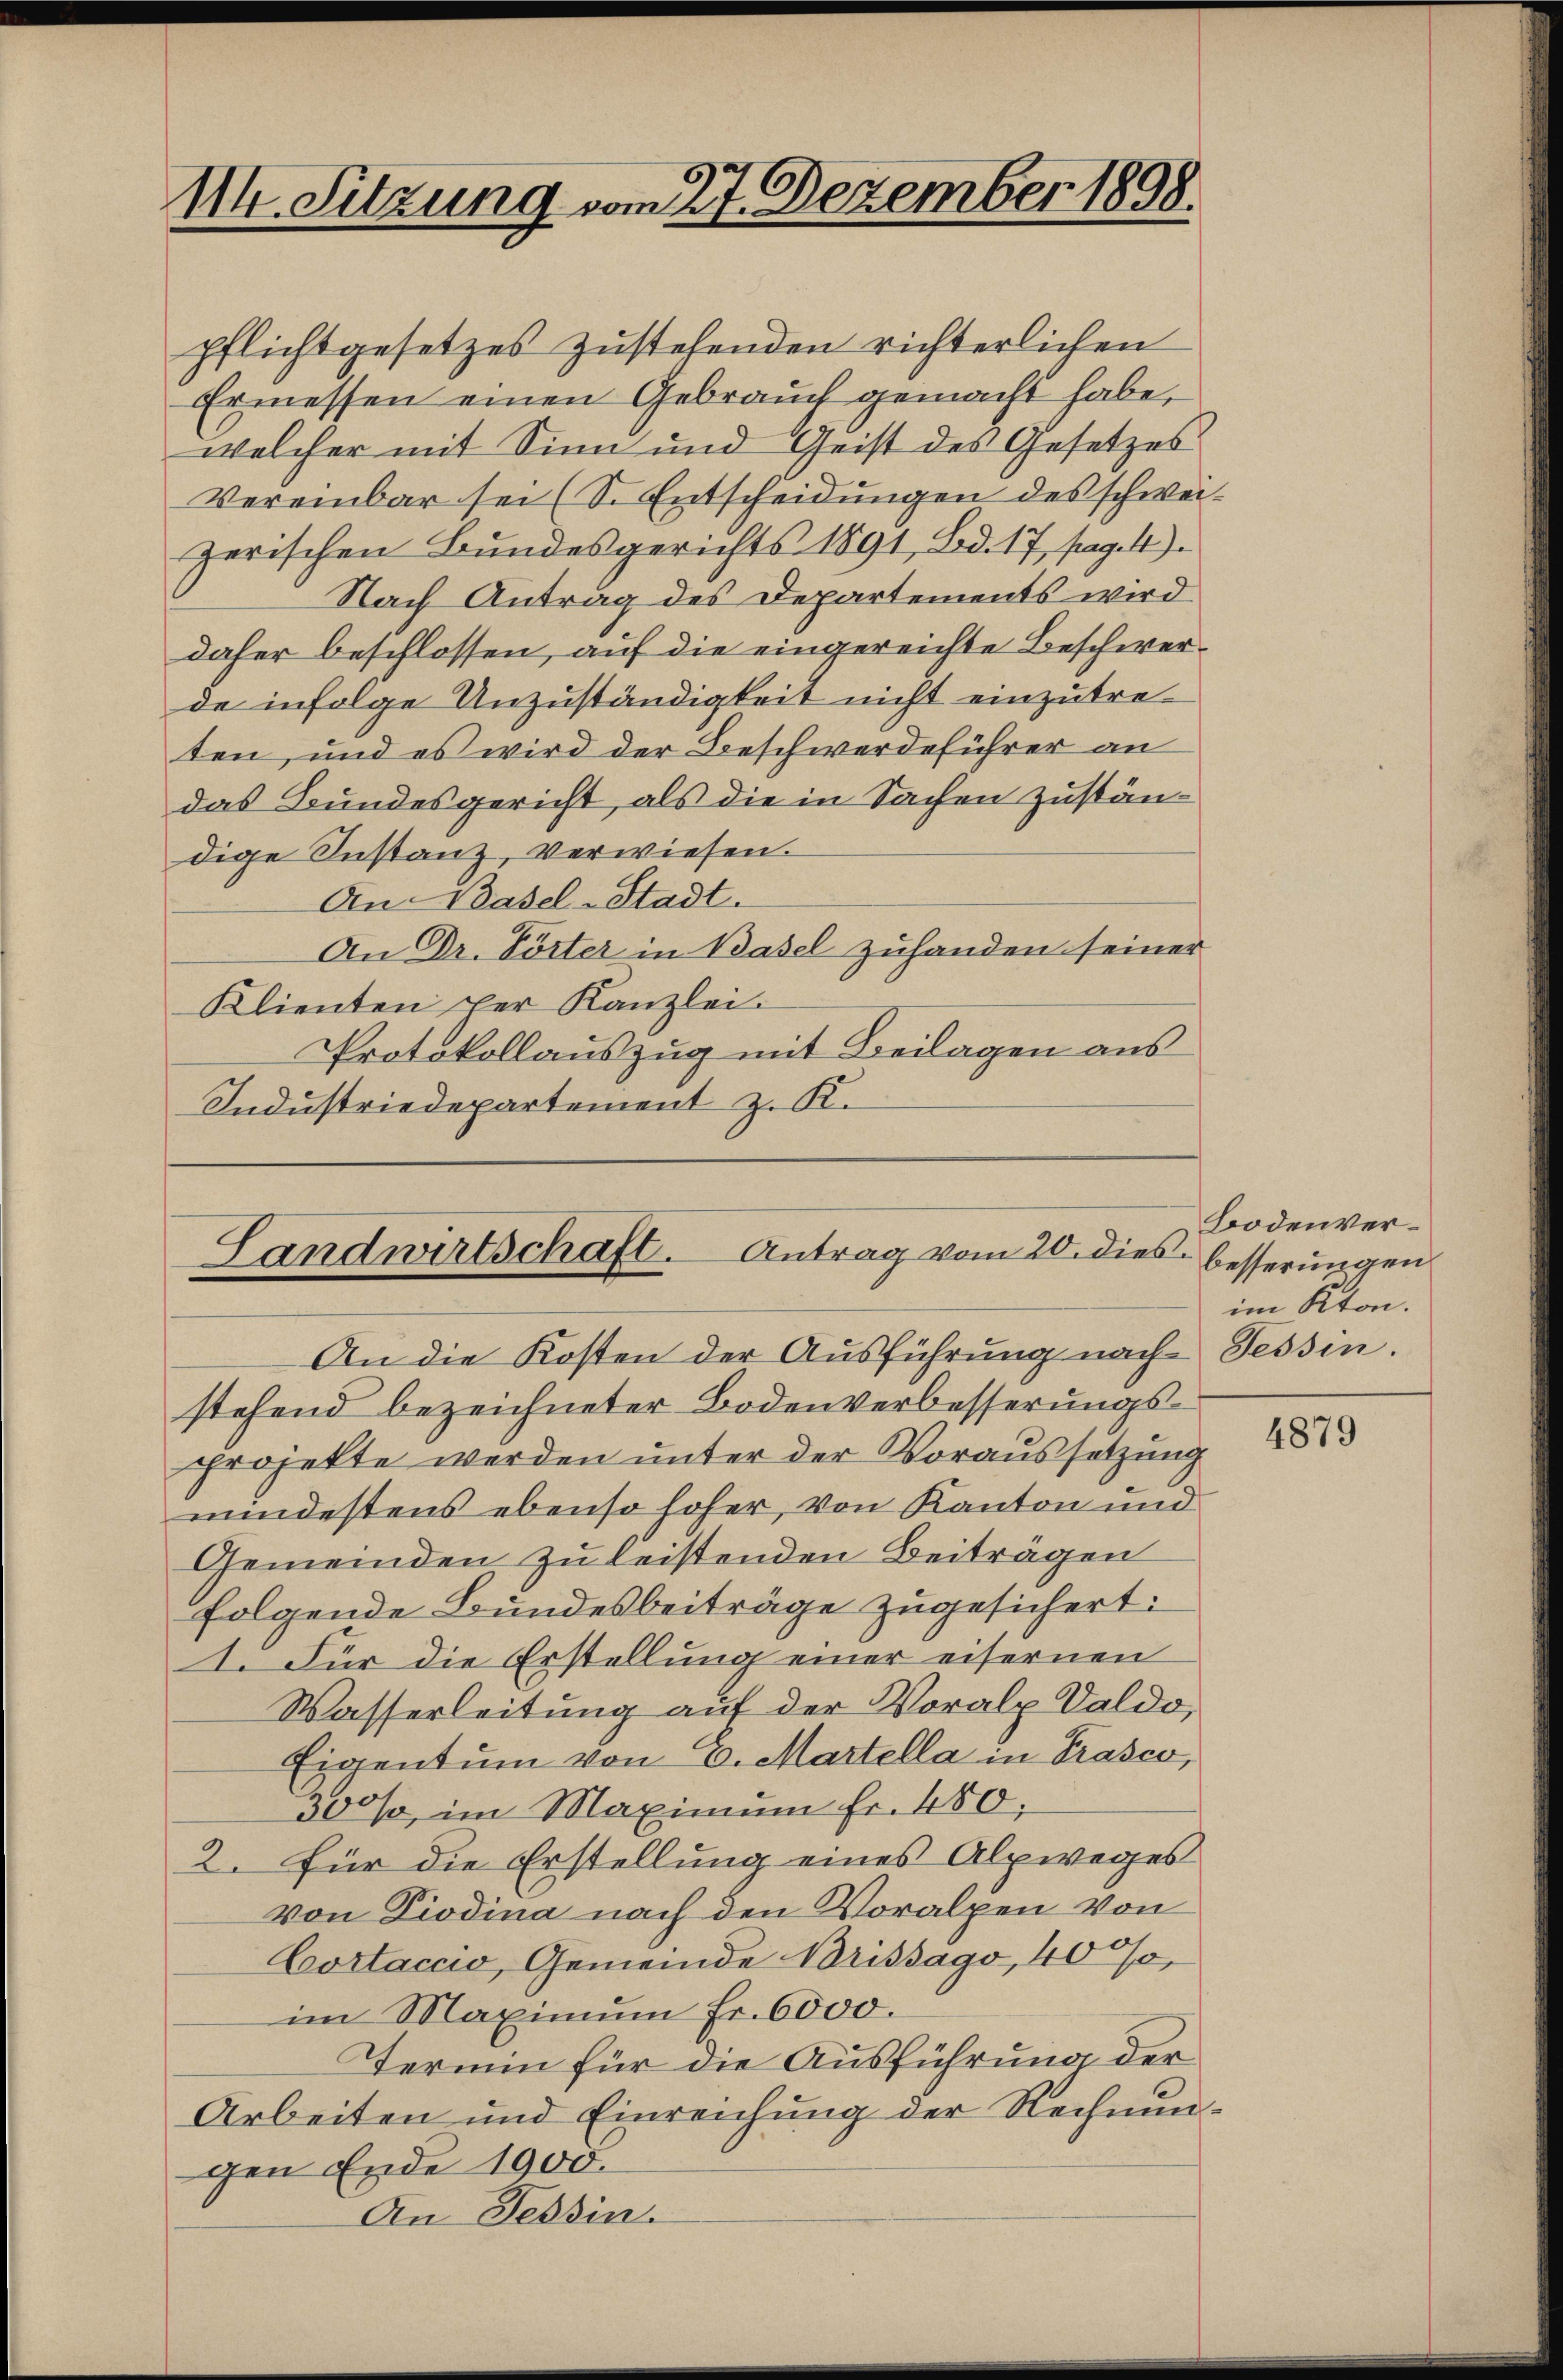
114. Sitzung vom 27. Dezember 1898.

pflichtgesetzes zustehenden richterlichen
Ermessen einen Gebrauch gemacht habe,
welcher mit Sinn und Geist des Gesetzes
Vereinbar sei (S. Entscheidungen des schweizerischen Bundesgerichts 1891, Bd. 17, pag. 4).
Nach Antrag des Departements wird
daher beschlossen, auf die eingereichte Beschwerde infolge Unzuständigkeit nicht einzutreten, und es wird der Beschwerdeführer an
das Bundesgericht, als die in Sachen zuständige Instanz, verwiesen.
An Basel-Stadt.
An Dr. Förter in Basel zuhanden seiner
Klienten der Kanzlei.
Protokollauszug mit Beilagen aus
Industriedepartement z. K.

Landwirtschaft. Antrag vom 20. dies

An die Kosten der Ausführung nach Tessin.
stehend bezeichneter Bodenverbesserungsprojekte werden unter der Voraussetzung
mindestens ebenso hoher, von Kanton und
Gemeinden zu leistenden Beiträgen
folgende Bundesbeiträge zugesichert.
I. Für die Erstellung einer eisernen
Wasserleitung auf der Voralp Valdo,
Eigentum von 6. Martella in Prasco,
300%, im Maximum fr. 480;
2. für die Erstellung eines Alpweges
von Piodina nach den Voralpen von
Cortaccio, Gemeinde Brissago, 4000,
im Maximum Fr. 6000.
Termin für die Ausführung der
Arbeiten und Einreichung der Rechnungen Ende 1900.
An Tessin.

Bodenverbesserungen
im Kton.

4879